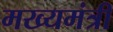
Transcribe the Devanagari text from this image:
मख्यमंत्री